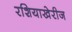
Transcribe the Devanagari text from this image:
रशियाखेरीज